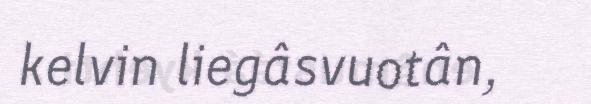
kelvin liegâsvuotân,